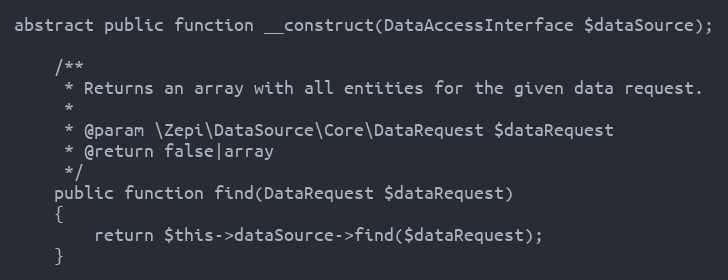
Language: PHP
abstract public function __construct(DataAccessInterface $dataSource);

    /**
     * Returns an array with all entities for the given data request.
     *
     * @param \Zepi\DataSource\Core\DataRequest $dataRequest
     * @return false|array
     */
    public function find(DataRequest $dataRequest)
    {
        return $this->dataSource->find($dataRequest);
    }